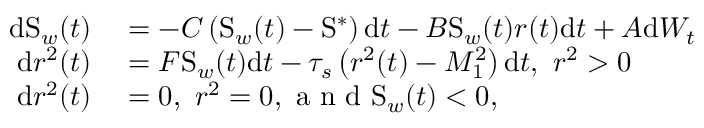
\begin{array} { r l } { \mathrm { d } \mathrm { S } _ { w } ( t ) } & { { } = - C \left( \mathrm { S } _ { w } ( t ) - \mathrm { S } ^ { \ast } \right) \mathrm { d } t - B \mathrm { S } _ { w } ( t ) r ( t ) \mathrm { d } t + A \mathrm { d } W _ { t } } \\ { \mathrm { d } r ^ { 2 } ( t ) } & { { } = F \mathrm { S } _ { w } ( t ) \mathrm { d } t - \tau _ { s } \left( r ^ { 2 } ( t ) - M _ { 1 } ^ { 2 } \right) \mathrm { d } t , \mathrm { ~ } r ^ { 2 } > 0 } \\ { \mathrm { d } r ^ { 2 } ( t ) } & { { } = 0 , \mathrm { ~ } r ^ { 2 } = 0 , \mathrm { ~ a ~ n ~ d ~ } \mathrm { S } _ { w } ( t ) < 0 , } \end{array}